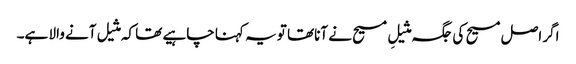
اگر اصل مسیح کی جگہ مثیلِ مسیح نے آناتھا تو یہ کہنا چاہیے تھا کہ مثیل آنے والا ہے۔